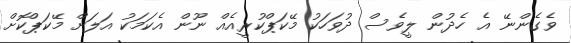
ވެގެންނޭ އެ ހެދުން ލީވެސް ދުވަހަކު މޭކަޕްކުރީއެއް ނޫން އެކަމަކު އަލަށް މޭކަޕްކޮށް